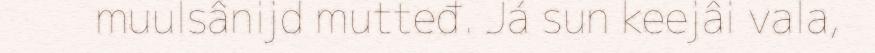
muulsânijd mutteđ. Já sun keejâi vala,